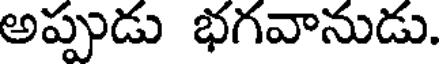
అప్పుడు భగవానుడు.